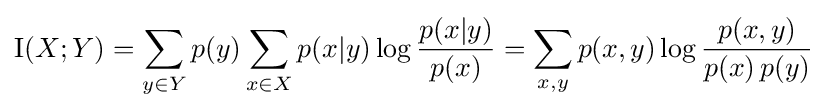
\operatorname {I} (X;Y)=\sum _{y\in Y}p(y)\sum _{x\in X}{p(x|y)\log {\frac {p(x|y)}{p(x)}}}=\sum _{x,y}p(x,y)\log {\frac {p(x,y)}{p(x)\,p(y)}}